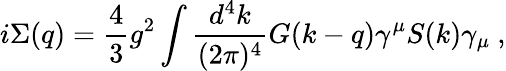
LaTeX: i\Sigma(q)={\frac{4}{3}}{g^{2}}\int{\frac{d^{4}k}{(2\pi)^{4}}}G(k-q)\gamma^{\mu}S(k)\gamma_{\mu}~,